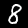
Label: 8